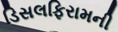
ડિસલફિરામની